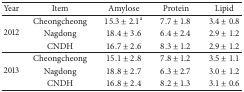
| Year | Item | Amylose | Protein | Lipid |
 | --- | --- | --- | --- | --- |
 | <ROWSPAN=3> 2012 | Cheongcheong | 15.3 ± 2.1a | 7.7 ± 1.8 | 3.4 ± 0.8 |
 | Nagdong | 18.4 ± 3.6 | 6.4 ± 2.4 | 2.9 ± 1.2 |
 | CNDH | 16.7 ± 2.6 | 8.3 ± 1.2 | 2.9 ± 1.2 |
 | <ROWSPAN=3> 2013 | Cheongcheong | 15.1 ± 2.8 | 7.8 ± 1.2 | 3.5 ± 1.1 |
 | Nagdong | 18.8 ± 2.7 | 6.3 ± 2.7 | 3.0 ± 1.2 |
 | CNDH | 16.8 ± 2.4 | 8.2 ± 1.3 | 3.1 ± 0.6 |